Account of plague administration in the Bombay Presidency from September 1896 till May 1897
Year: 1896
Disease focus: Plague
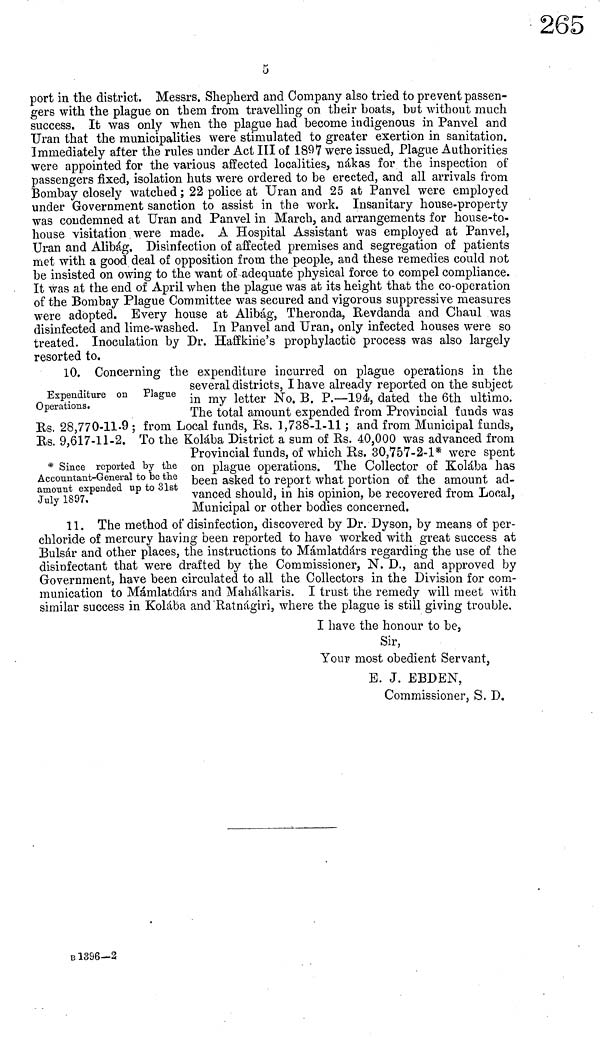
5
port in the district. Messrs. Shepherd and Company also tried to prevent passen-
gers with the plague on them from travelling on their boats, but without much
success. It was only when the plague had become indigenous in Panvel and
Uran that the municipalities were stimulated to greater exertion in sanitation.
Immediately after the rules under Act III of 1897 were issued, Plague Authorities
were appointed for the various affected localities, nákas for the inspection of
passengers fixed, isolation huts were ordered to be erected, and all arrivals from
Bombay closely watched ; 22 police at Uran and 25 at Panvel were employed
under Government sanction to assist in the work. Insanitary house-property
was condemned at Uran and Panvel in March, and arrangements for house-to-
house visitation. were made. A Hospital Assistant was employed at Panvel,
Uran and Alibág. Disinfection of affected premises and segregation of patients
met with a good deal of opposition from the people, and these remedies could not
be insisted on owing to the want of adequate physical force to compel compliance.
It was at the end of April when the plague was at its height that the co-operation
of the Bombay Plague Committee was secured and vigorous suppressive measures
were adopted. Every house at Alibág, Theronda, Revdanda and Chaul was
disinfected and lime-washed. In Panvel and Uran, only infected houses were so
treated. Inoculation by Dr. Haffkirie's prophylactic process was also largely
resorted to.
Expenditure on Plague
Operations.
10. Concerning the expenditure incurred on plague operations in the
several districts, I have already reported on the subject
in my letter No. B. P.—194, dated the 6th ultimo.
The total amount expended from Provincial funds was
Es. 28,770-11-9 ; from Local funds, Rs. 1,738-1-11 ; and from Municipal funds,
Rs. 9.617-11-2. To the Kolába District a sum of Es. 40,000 was advanced from
* Since reported by the
Accountant-General to be the
amount expended up to 31st
July 1807.
Provincial funds, of which Rs. 30,757-2-1* were spent
on plague operations. The Collector of Kolába has
been asked to report what portion of the amount ad-
vanced should, in his opinion, be recovered from Local,
Municipal or other bodies concerned.
11. The method of disinfection, discovered by Dr. Dyson, by means of per-
chloride of mercury having been reported to have worked with great success at
Bulsár and other places, the instructions to Mámlatdárs regarding the use of the
disinfectant that were drafted by the Commissioner, N. D., and approved by
Government, have been circulated to all the Collectors in the Division for com-
munication to Mámlatdárs and Mahálkaris. I trust the remedy will meet with
similar success in Kolába and Ratnágiri, where the plague is still giving trouble.
I have the honour to be,
Sir,
Your most obedient Servant,
B. J. EBDEN,
Commissioner, S. D,